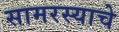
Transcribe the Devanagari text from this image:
सामरस्याचे